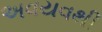
અવયવથી